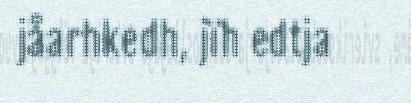
jåarhkedh, jïh edtja